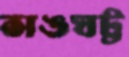
সঙঘট্ট